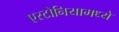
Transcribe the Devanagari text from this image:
एस्टोनियामध्ये